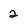
Character: 2